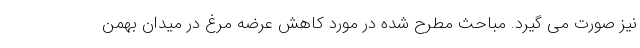
نیز صورت می گیرد. مباحث مطرح شده در مورد کاهش عرضه مرغ در میدان بهمن